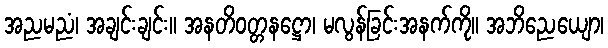
အညမညံ၊ အချင်းချင်း။ အနတိဝတ္တနဋ္ဌော၊ မလွန်ခြင်းအနက်ကို။ အဘိညေယျော၊